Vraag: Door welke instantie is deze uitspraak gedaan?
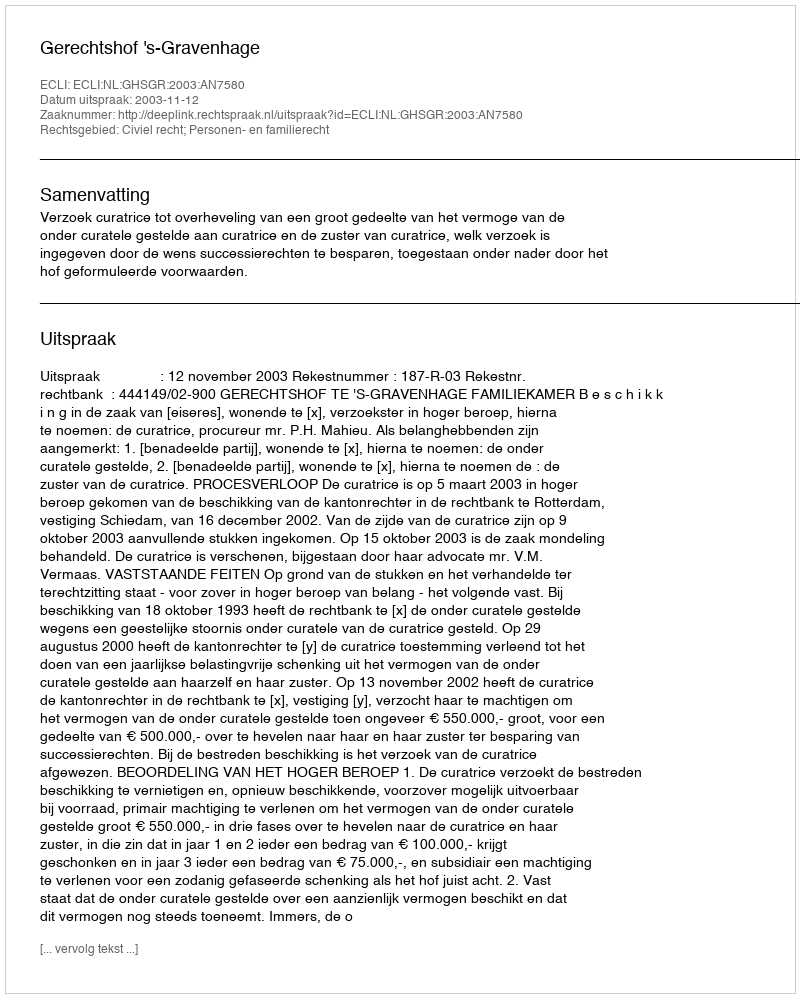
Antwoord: Gerechtshof 's-Gravenhage